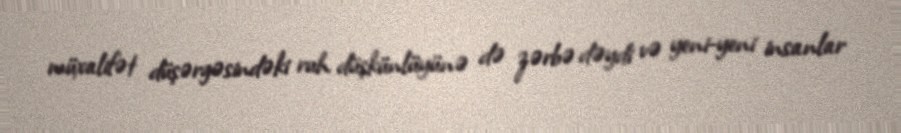
müxalifət düşərgəsindəki ruh düşkünlüyünə də zərbə dəydi və yeni-yeni insanlar